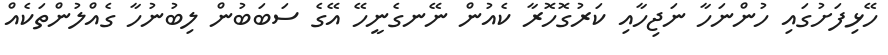
ހޭޅިފަށުގައި ހުންނަހާ ނަޖިހާއި ކަރުގޮހޮރާ ކެއުން ނޭނގެނީހޭ އޭގެ ސަބަބުން ލިބުނުހާ ގެއްލުންތަކެއް